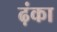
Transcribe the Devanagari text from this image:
ढ़ंका